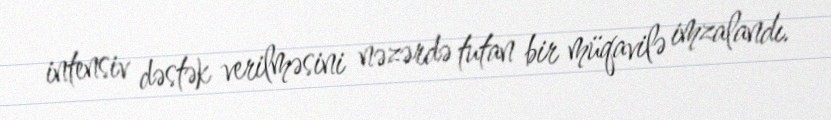
intensiv dəstək verilməsini nəzərdə tutan bir müqavilə imzalandı.